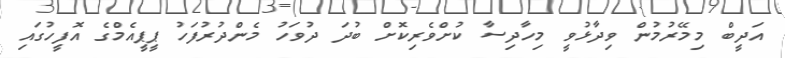
އަދީބް މިމޭރުމުން ވިދާޅުވީ މިހާދިސާ ކުށްވެރިކޮށް ބުދަ ދުވަހު މެންދުރުފަހު ޕީޕީއެމްގެ އޮފީހުގައި